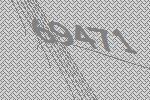
69471